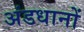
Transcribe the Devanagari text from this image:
अंडधानों